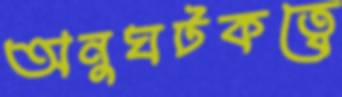
অনুঘটকত্বে